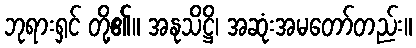
ဘုရားရှင် တို့၏။ အနုသိဋ္ဌိ၊ အဆုံးအမတော်တည်း။